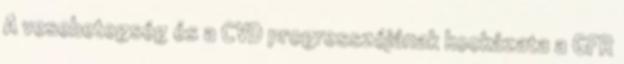
A vesebetegség és a CVD progresszójának kockázata a GFR